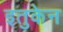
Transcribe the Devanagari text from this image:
इतुकेन